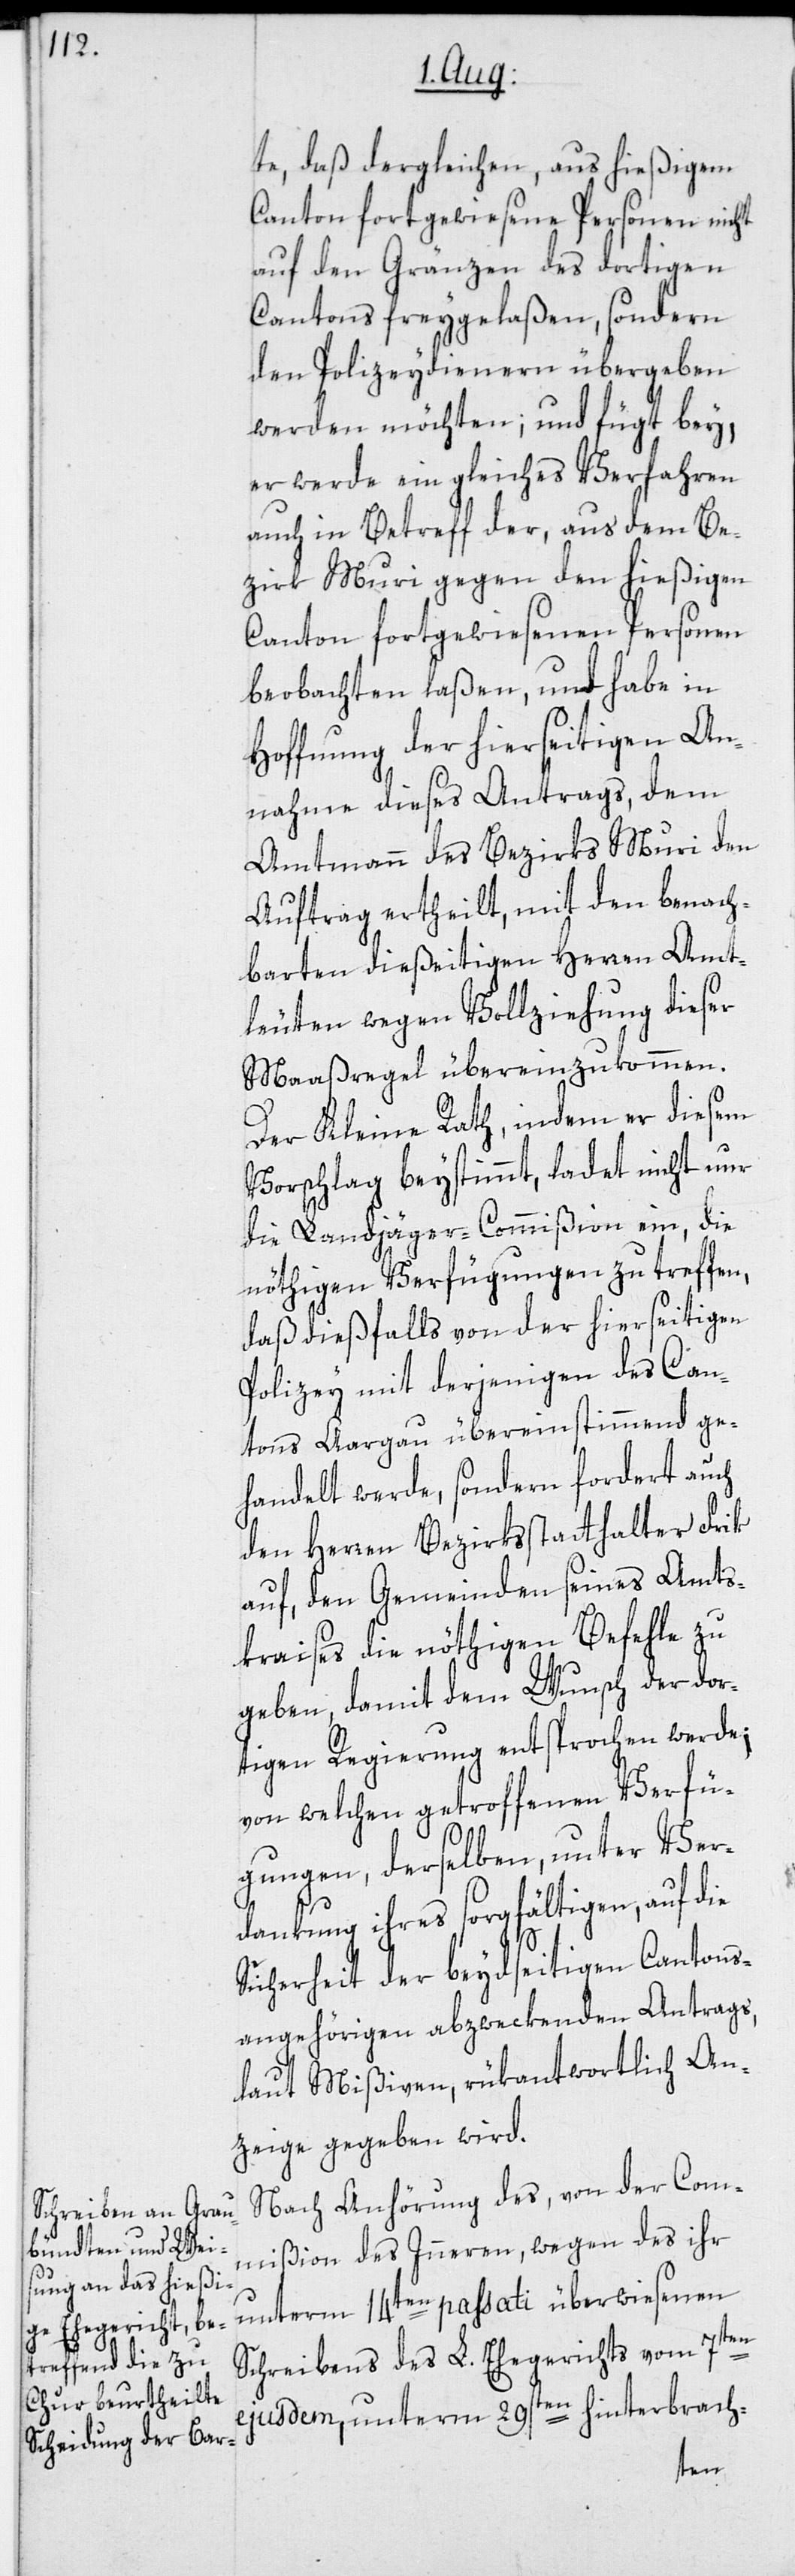
te, daß dergleichen, aus hießigem
Canton fortgewiesene Personen nicht
auf den Gränzen des dortigen
Cantons freygelaßen, sondern
den Polizeydienern übergeben
werden möchten; und fügt bey,
er werde ein gleiches Verfahren
auch in Betreff der, aus dem Be¬
zirk Muri gegen den hießigen
Canton fortgewiesenen Personen
beobachten laßen, und habe in
Hoffnung der hierseitigen An¬
nahme dieses Antrags, dem
Amtmann des Bezirks Muri den
Auftrag ertheilt, mit den benach¬
barten dießeitigen Herren Amt¬
leuten wegen Vollziehung dieser
Maaßregel übereinzukommen.
Der Kleine Rath, indem der diesem
Vorschlag beystimmt, ladet nicht nur
die Landjäger-Commißion ein, die
nöthigen Verfügungen zu treffen,
daß dießfalls von der hierseitigen
Polizey mit derjenigen des Can¬
tons Aargau übereinstimmend ge¬
handelt werde, sondern fordert auch
den Herren Bezirksstatthalter Frik
auf, den Gemeinden seines Amts¬
kraises die nöthigen Befehle zu
geben, damit dem Wunsch der dor¬
tigen Regierung entsprochen werde;
von welchen getroffenen Verfü¬
gungen, derselben, unter Ver¬
dankung ihres sorgfältigen, auf die
Sicherheit der beydseitigen Cantons¬
angehörigen abzwekenden Antrags,
laut Mißiven, rükantwortlich An¬
zeige gegeben wird.
Nach Anhörung des, von der Com¬
mißion des Inneren, wegen des ihr
unterm 14ten passati überwiesenen
Schreibens des L. Ehegerichts vom 7ten
ejusdem, unterm 29sten hinterbrach-